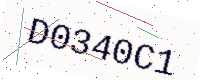
Text: D0340C1